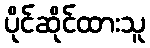
ပိုင်ဆိုင်ထားသူ